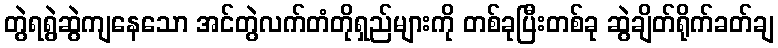
တွဲရရွဲဆွဲကျနေသော အင်တွဲလက်တံတိုရှည်များကို တစ်ခုပြီးတစ်ခု ဆွဲချိတ်ရိုက်ခတ်ချ